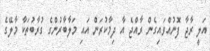
އަލީ ރާޖާ ފޮނުއްވައިގެން ރާއްޖެ އާ ދިމާކުރަން އައި މަލާބާރުންގެ ގުރާބުތަކާ މާލޭގެ